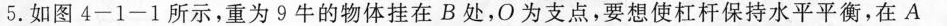
5.如图4-1-1所示，重为9牛的物体挂在B处，O为支点，要想使杠杆保持水平平衡，在A